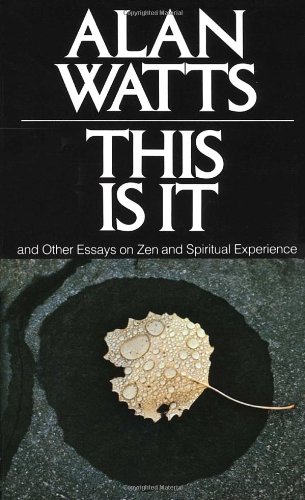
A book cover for This Is It: and Other Essays on Zen and Spiritual Experience; Alan W. Watts; Religion & Spirituality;